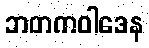
ဘတကဝါဒေန